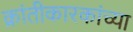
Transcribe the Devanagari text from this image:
क्रांतीकारकांच्या